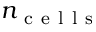
n _ { \mathrm { ~ c ~ e ~ l ~ l ~ s ~ } }